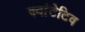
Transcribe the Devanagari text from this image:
क्वांटेटिव